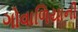
ગોવાળિયાની